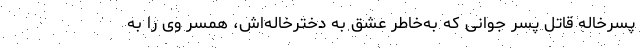
پسرخاله قاتل پسر جوانی که به‌خاطر عشق به دخترخاله‌اش، همسر وی را به